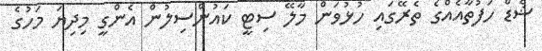
ޝެޑް ހަފުތާއެއްގެ ތެރޭގައި ހުޅުވަން މާލޭ ސިޓީ ކައުންސިލުން އެންގީ މިދިޔަ މަހުގެ